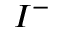
I ^ { - }